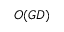
O ( G D )